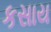
કસાય